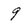
Character: 9